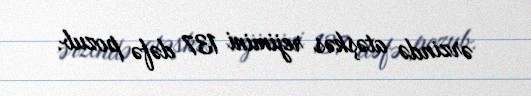
ərzində atəşkəs rejimini 137 dəfə pozub.